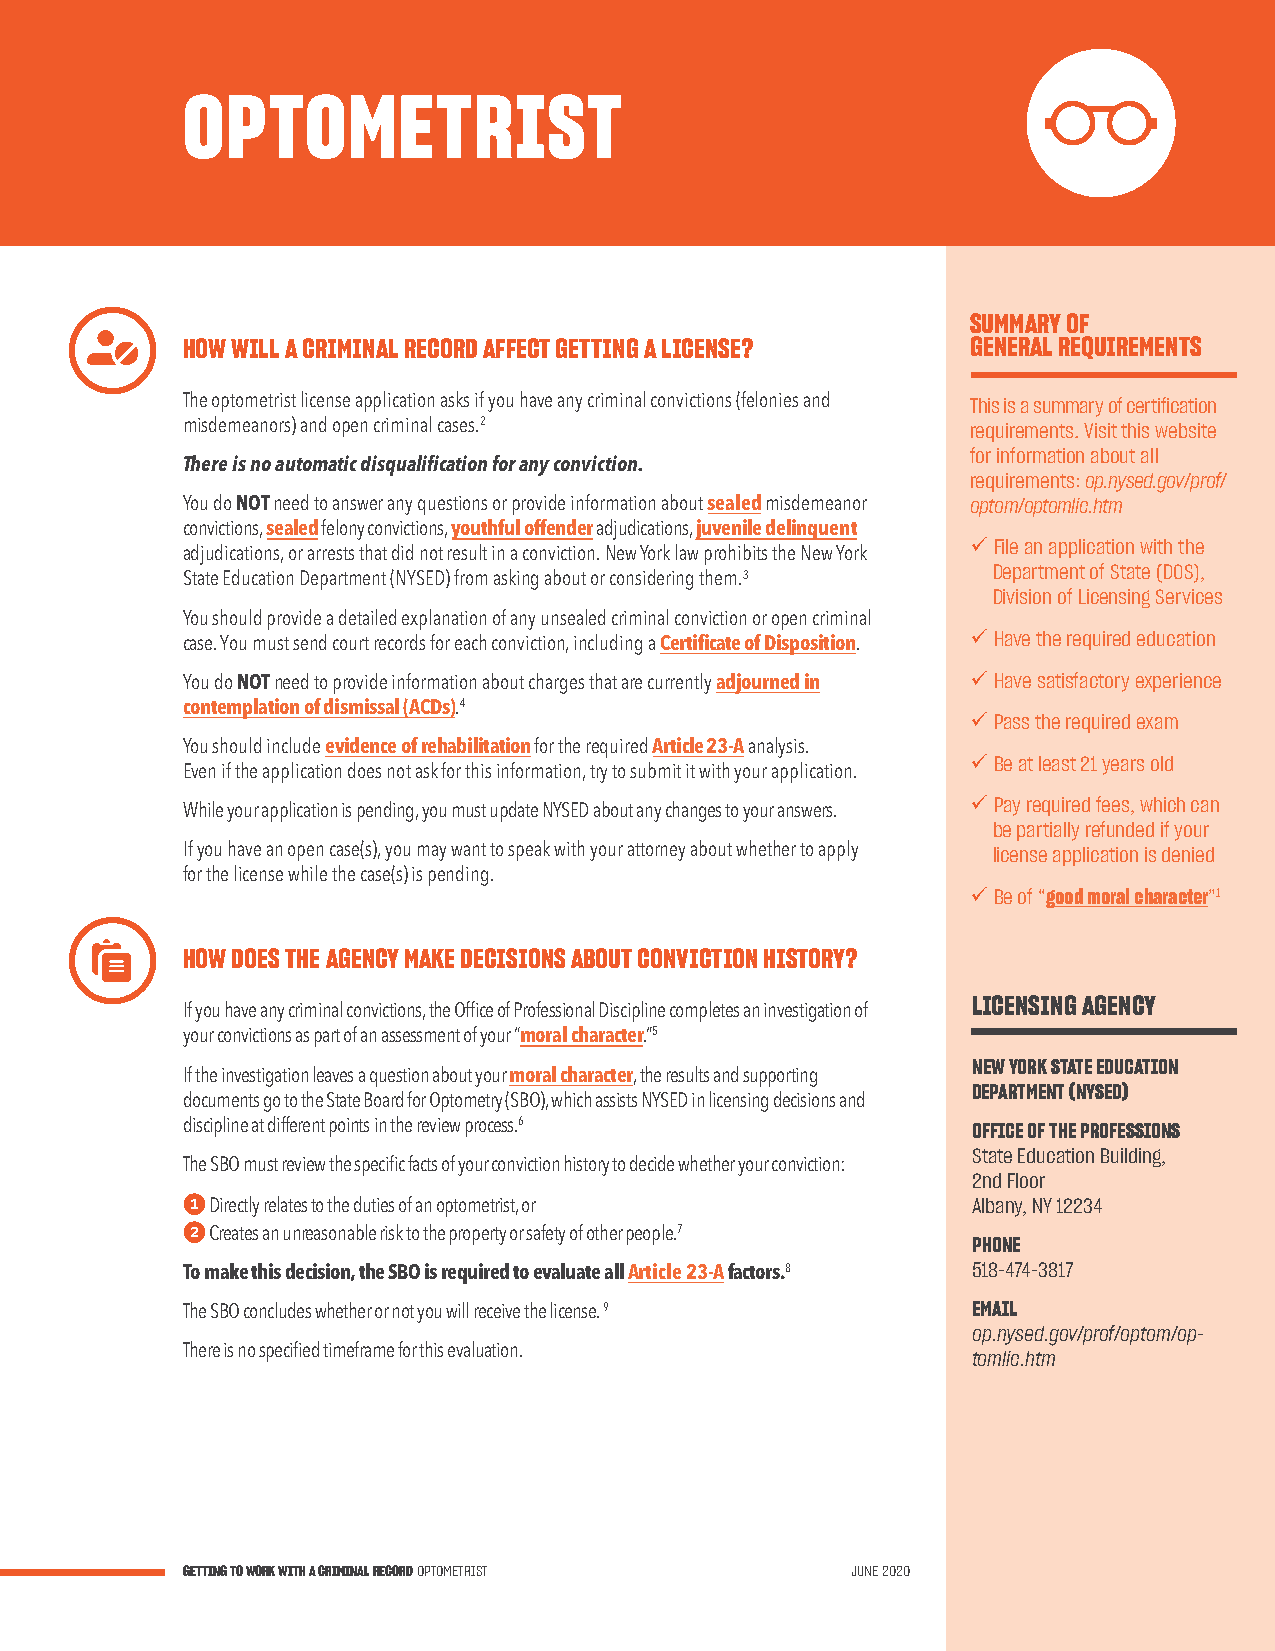
OPTOMETRIST
 SUMMARY OF
 HOW WILL A CRIMINAL RECORD AFFECT GETTING A LICENSE? GENERAL REQUIREMENTS
 The optometrist license application asks if you have any criminal convictions (felonies and This is a summary of certification
 misdemeanors) and open criminal cases.2             requirements. Visit this website
 for information about all
 There is no automatic disqualification for any conviction.
 requirements: op.nysed.gov/prof/
 You do NOT need to answer any questions or provide information about sealed misdemeanor optom/optomlic.htm
 convictions, sealed felony convictions, youthful offender adjudications, juvenile delinquent
 üFile an application with the
 adjudications, or arrests that did not result in a conviction. New York law prohibits the New York
 Department of State (DOS),
 State Education Department (NYSED) from asking about or considering them.3
 Division of Licensing Services
 You should provide a detailed explanation of any unsealed criminal conviction or open criminal
 case. You must send court records for each conviction, including a Certificate of Disposition. üHave the required education
 You do NOT need to provide information about charges that are currently adjourned in üHave satisfactory experience
 contemplation of dismissal (ACDs).4
 üPass the required exam
 You should include evidence of rehabilitation for the required Article 23-A analysis.
 üBe at least 21 years old
 Even if the application does not ask for this information, try to submit it with your application.
 üPay required fees, which can
 While your application is pending, you must update NYSED about any changes to your answers.
 be partially refunded if your
 If you have an open case(s), you may want to speak with your attorney about whether to apply license application is denied
 for the license while the case(s) is pending.
 üBe of “good moral character”1
 HOW DOES THE AGENCY MAKE DECISIONS ABOUT CONVICTION HISTORY?
 LICENSING AGENCY
 If you have any criminal convictions, the Office of Professional Discipline completes an investigation of
 your convictions as part of an assessment of your “moral character.”5
 NEW YORK STATE EDUCATION
 If the investigation leaves a question about your moral character, the results and supporting
 DEPARTMENT (NYSED)
 documents go to the State Board for Optometry (SBO), which assists NYSED in licensing decisions and
 discipline at different points in the review process.6 OFFICE OF THE PROFESSIONS
 State Education Building,
 The SBO must review the specific facts of your conviction history to decide whether your conviction:
 2nd Floor
 1 Directly relates to the duties of an optometrist, or Albany, NY 12234
 2 Creates an unreasonable risk to the property or safety of other people.7
 PHONE
 To make this decision, the SBO is required to evaluate all Article 23-A factors.8 518-474-3817
 The SBO concludes whether or not you will receive the license. 9 EMAIL
 op.nysed.gov/prof/optom/op-
 There is no specified timeframe for this evaluation. tomlic.htm
 GETTING TO WORK WITH A CRIMINAL RECORD OPTOMETRIST JUNE 2020